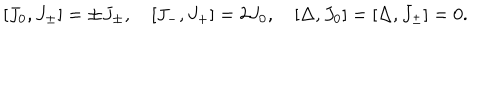
[ J _ { 0 } , J _ { \pm } ] = \pm J _ { \pm } , \quad [ J _ { - } , J _ { + } ] = 2 J _ { 0 } , \quad [ \Delta , J _ { 0 } ] = [ \Delta , J _ { \pm } ] = 0 .